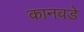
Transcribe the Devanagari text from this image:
कानवडे